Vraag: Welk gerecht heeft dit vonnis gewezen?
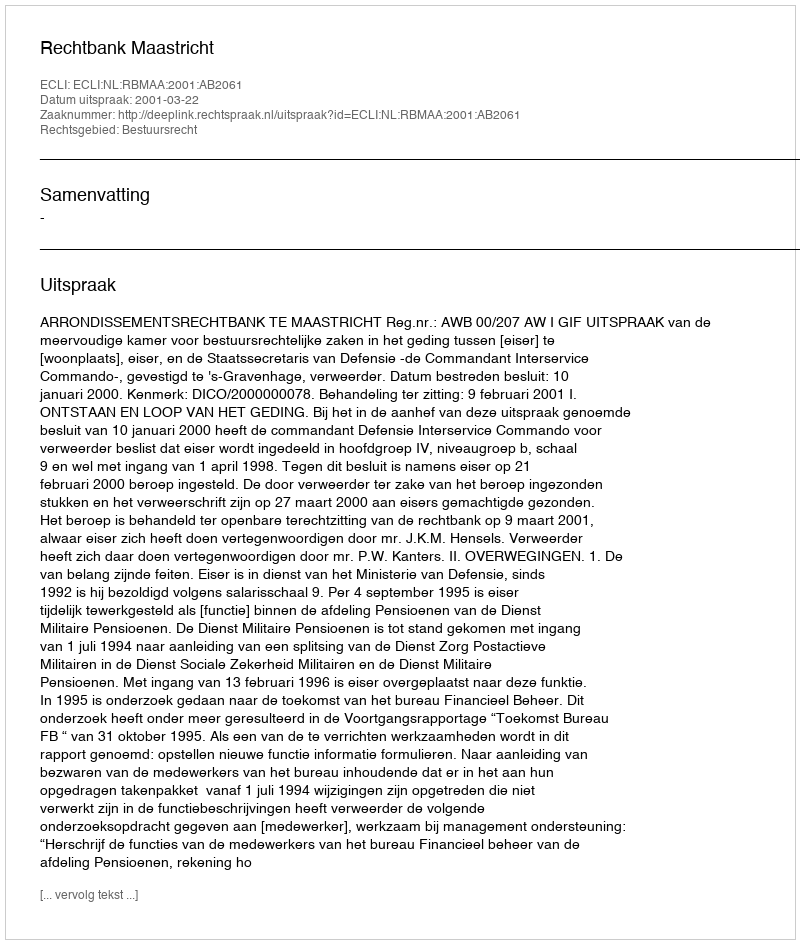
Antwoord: Rechtbank Maastricht